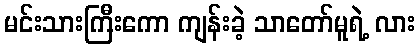
မင်းသားကြီးကော ကျန်းခဲ့ သာတော်မူရဲ့ လား